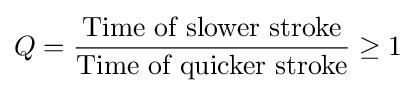
Q={\frac {\text{Time of slower stroke}}{\text{Time of quicker stroke}}}\geq 1